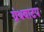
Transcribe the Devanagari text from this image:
ग्रंथवाटप